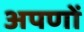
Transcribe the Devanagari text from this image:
अपणों